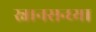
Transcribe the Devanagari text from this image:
स्नानसन्ध्या